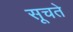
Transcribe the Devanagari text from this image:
सूचते